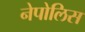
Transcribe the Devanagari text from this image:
नेपोलिस